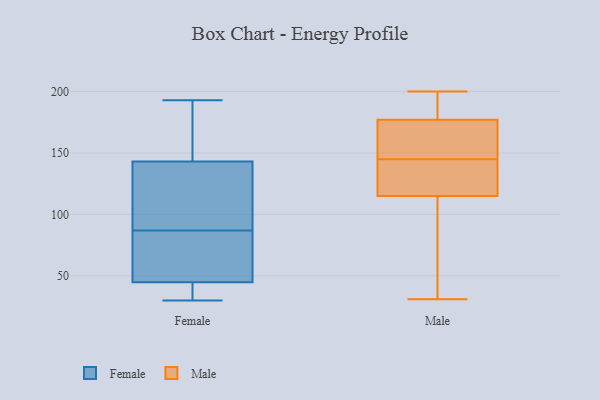
{"axis": {"x": "Budget (USD K)", "y": "Value"}, "legend": ["Female", "Male"], "data": [{"x": "", "y": 87, "type": "Female"}, {"x": "", "y": 61, "type": "Female"}, {"x": "", "y": 75, "type": "Female"}, {"x": "", "y": 30, "type": "Female"}, {"x": "", "y": 93, "type": "Female"}, {"x": "", "y": 176, "type": "Female"}, {"x": "", "y": 193, "type": "Female"}, {"x": "", "y": 41, "type": "Female"}, {"x": "", "y": 117, "type": "Female"}, {"x": "", "y": 132, "type": "Female"}, {"x": "", "y": 45, "type": "Female"}, {"x": "", "y": 193, "type": "Female"}, {"x": "", "y": 44, "type": "Female"}, {"x": "", "y": 115, "type": "Male"}, {"x": "", "y": 31, "type": "Male"}, {"x": "", "y": 111, "type": "Male"}, {"x": "", "y": 122, "type": "Male"}, {"x": "", "y": 130, "type": "Male"}, {"x": "", "y": 177, "type": "Male"}, {"x": "", "y": 160, "type": "Male"}, {"x": "", "y": 192, "type": "Male"}, {"x": "", "y": 200, "type": "Male"}, {"x": "", "y": 162, "type": "Male"}]}